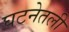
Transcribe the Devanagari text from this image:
घटनेतली